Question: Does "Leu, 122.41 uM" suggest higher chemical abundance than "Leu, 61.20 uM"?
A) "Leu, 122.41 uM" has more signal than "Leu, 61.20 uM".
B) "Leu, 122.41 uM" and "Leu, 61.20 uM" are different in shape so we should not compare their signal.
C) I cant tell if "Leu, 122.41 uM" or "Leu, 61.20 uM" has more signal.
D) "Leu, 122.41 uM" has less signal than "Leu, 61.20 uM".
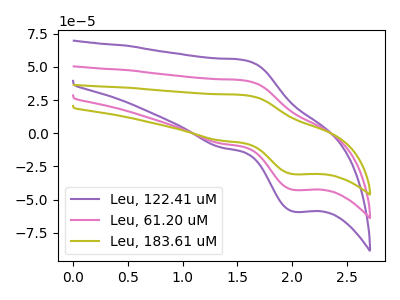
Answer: <think>The purple curve "Leu, 122.41 uM" has an anodic peak at (1.55V, 55.10uA) and a cathodic peak at (2.00V, -59.10uA). The pink curve "Leu, 61.20 uM" has an anodic peak at (1.55V, 39.80uA) and a cathodic peak at (2.00V, -42.70uA). The olive curve "Leu, 183.61 uM" has an anodic peak at (1.55V, 79.60uA) and a cathodic peak at (2.00V, -85.40uA).
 All the peaks in "Leu, 122.41 uM" have a peak in "Leu, 61.20 uM" at the same potential. Every peak in "Leu, 122.41 uM" is higher than every peak in "Leu, 61.20 uM".</think>
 <answer>A) "Leu, 122.41 uM" has more signal than "Leu, 61.20 uM".</answer>
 <eval>A</eval>